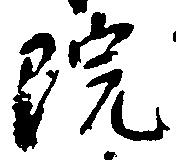
院